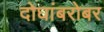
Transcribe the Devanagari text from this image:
दोघांबरोबर